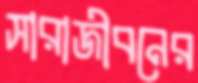
সারাজীবনের